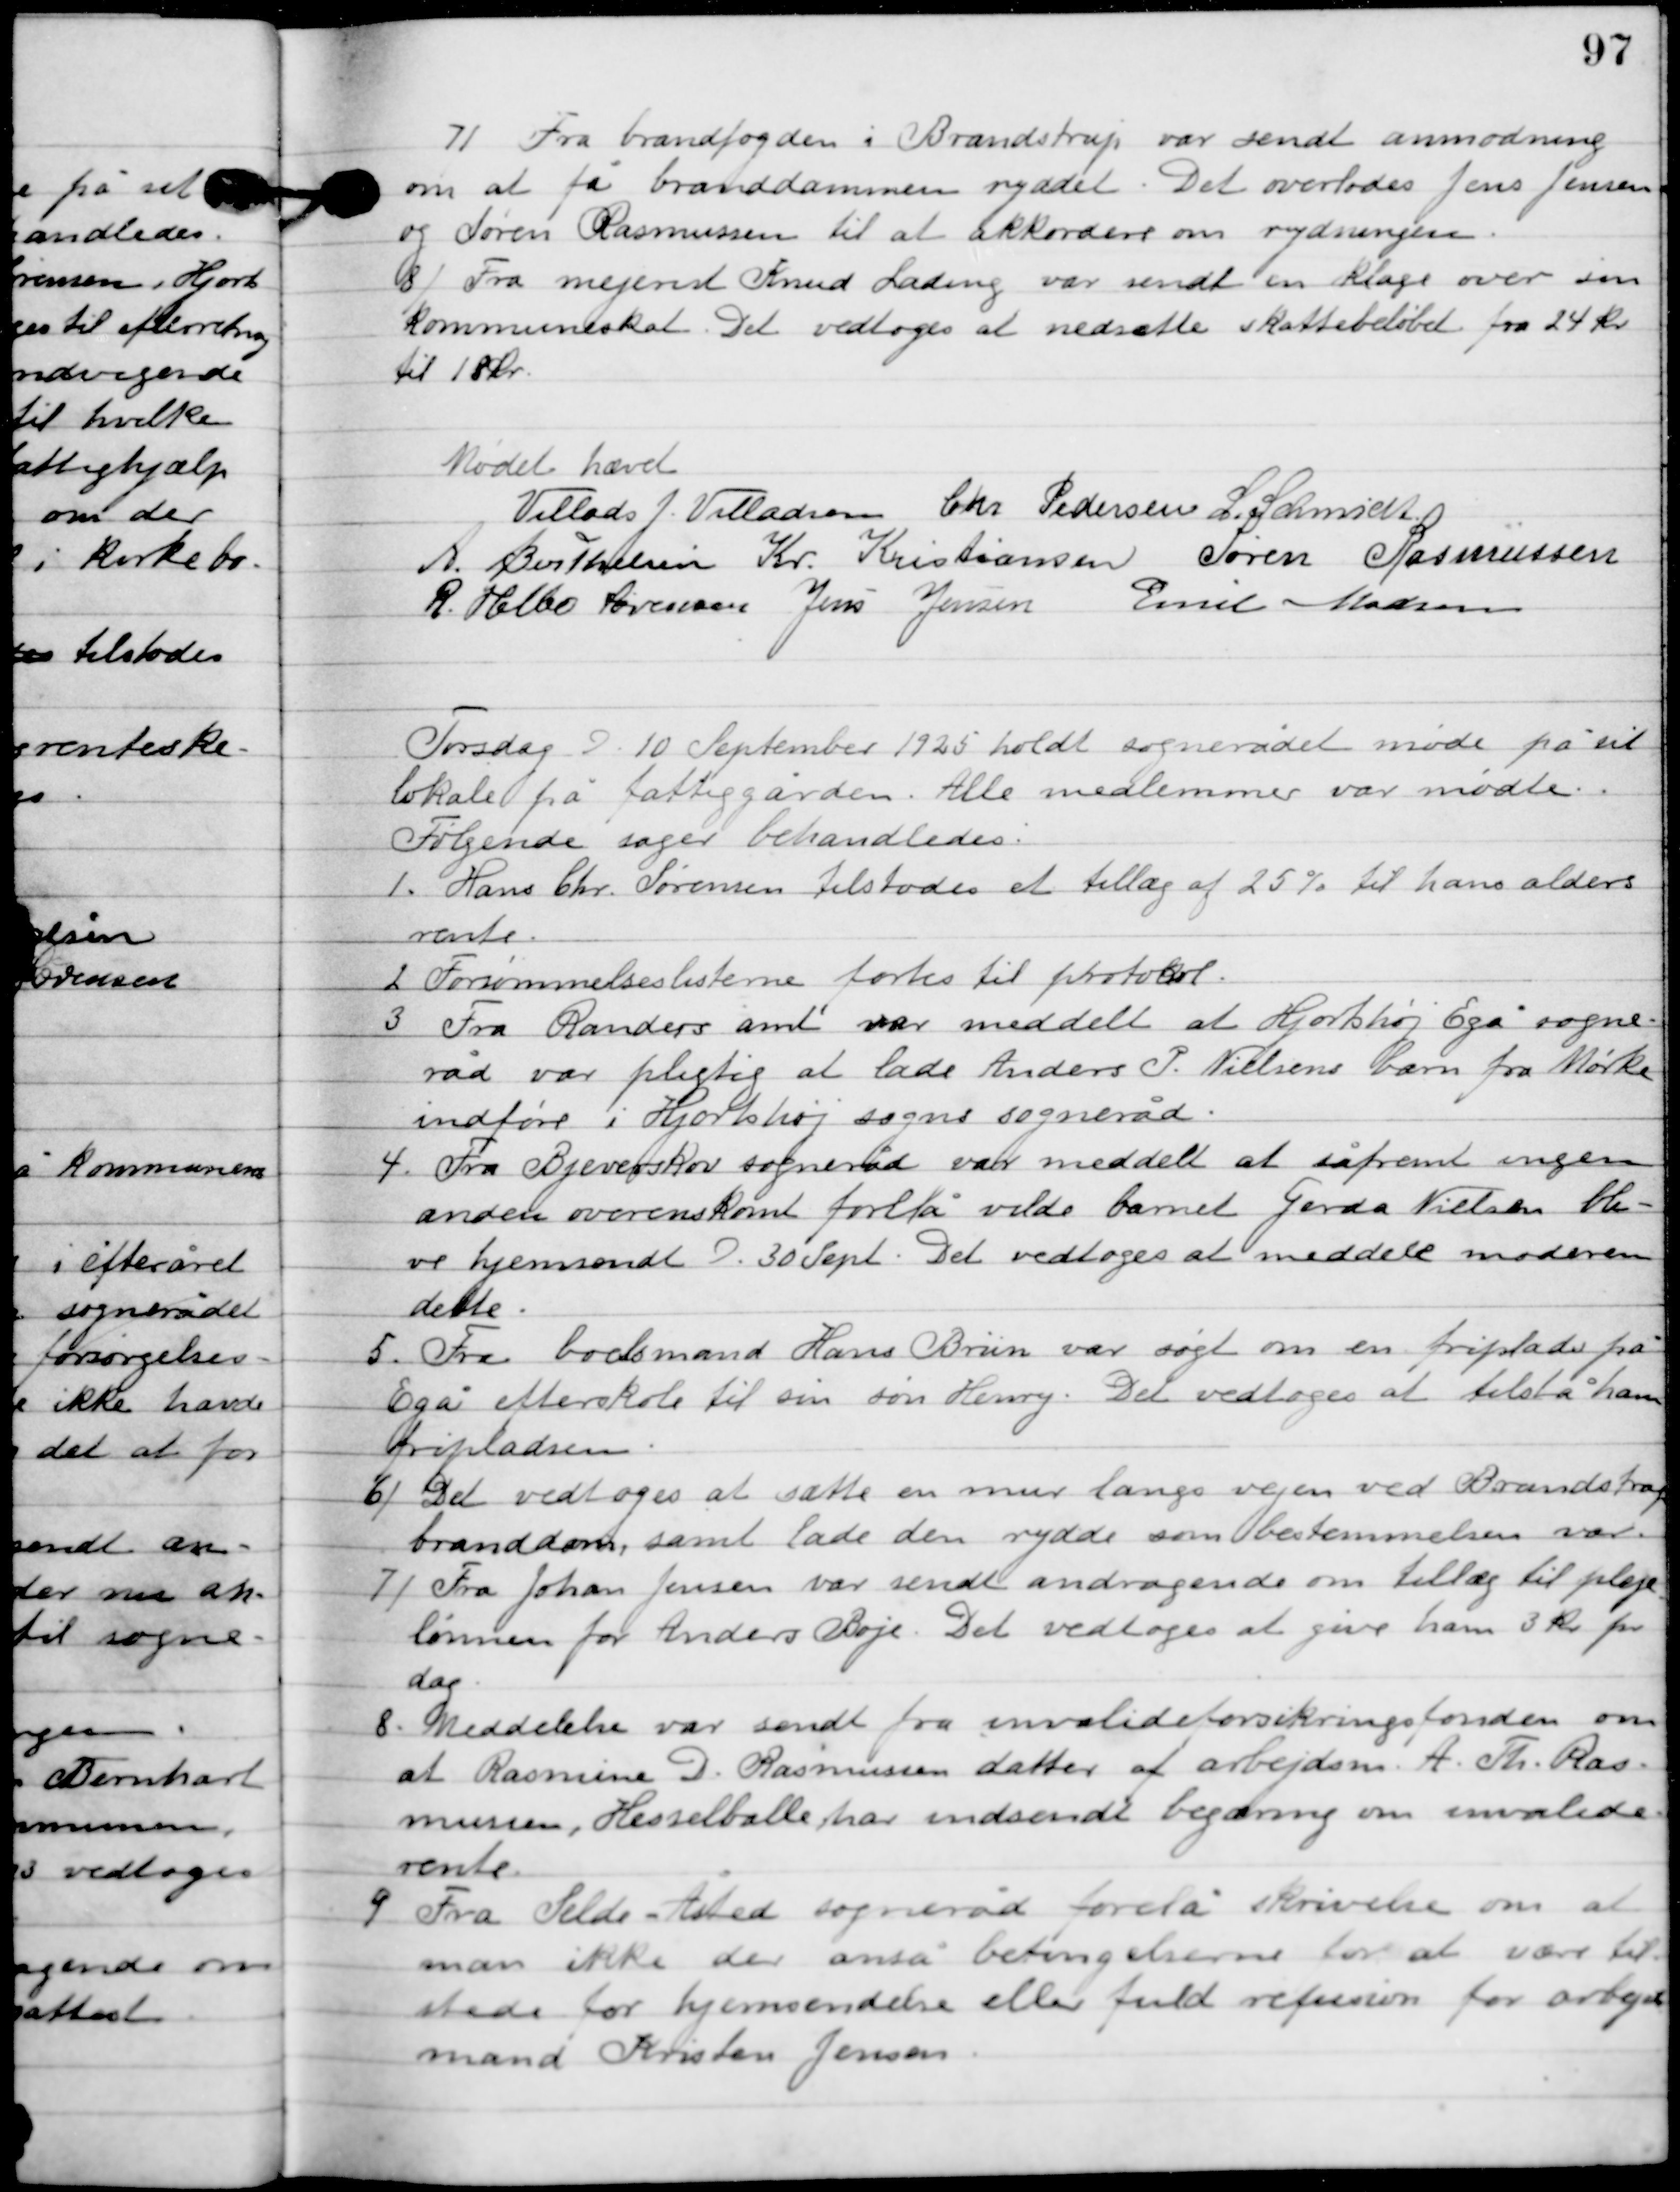
Transskription:
7

Fra brandfogeden i Brandstrup var sendt anmodning
om at få branddammen ryddet. Det overlodes Jens Jensen
og Søen Rasmussen til at akkordere om rydningen.

8

Fra mejerist Knud Lading var sendt en klage over sin
kommuneskat. Det vedtoges at nedsætte skattebeløbet fra 24 kr.
til 18 kr.

Mødet hævet.

Villads J. Villadsen
Chr. Pedersen
I. Schmidt
A. Berthelsen
Kr. Kristiansen
Søren Rasmussen
R. Helbo Sørensen
Jens Jensen
Emil Madsen

Torsdag D. 10. September 1925 holdt sognerådet møde på sit
lokale på fattiggården. Alle medlemmer var mødte.
Følgende sager behandledes.

1

Hans Chr. Sørensen tilstodes et tillæg af 25 % til hans alders-
rente.

2

Forsømmelseslisterne førtes til protokol.

3

Fra Randers amt var meddelt at Hjortshøj Egå sogne-
råd var pligtig at lade Anders P. Nielsens barn fra Mørke
indføre i Hjortshøj sogns sogneråd.

4

Fra Bjerreskov sogneråd var meddelt at såfremt ingen
anden overenskomst forelå vilde barnet Gerda Nielsen bli-
ve hjemsent D. 30. Sept. Det vedtoges at meddele moderen
dette.

5

Fra boelsmand Hans Brun var søgt om en friplads på
Egå efterskole til sin søn Henry. Det vedtoges at tilstå ham
fripladsen.

6

Det vedtoges at sætte en mur langs vejen ved Brandstrup
branddam, samt lade den rydde som bestemmelsen var.

7

Fra Johan Jensen var sendt afdragende om tillæg til pleje
lønnen for Anders Bøje. Det vedtoges at give ham 3 kr. pr.
dag.

8

Meddelelse var sendt fra invalideforsikringsfonden om
at Rasmine D. Rasmussen datter af arbejdsmand A. Th. Ras-
mussen, Hesselballe har indsendt begæring om invalide-
rente.

9

Fra Selde-Åsted sogneråd forelå skrivelse om at
man ikke der anså betingelserne for at være til-
stede for hjemsendelse eller fuld refusion for arbejds-
mand Kristen Jensen.